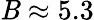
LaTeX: \mathit{B}\approx5.3